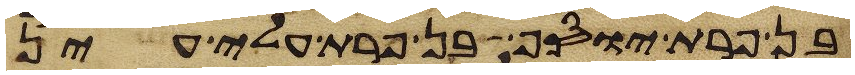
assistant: בן פרת יוסף בן פרת עלי עין